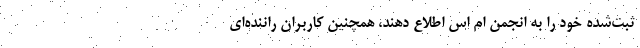
ثبت‌شده خود را به انجمن ام اس اطلاع دهند، همچنین کاربران راننده‌ای